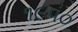
૧૯૫૦